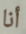
أنا